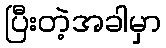
ပြီးတဲ့အခါမှာ